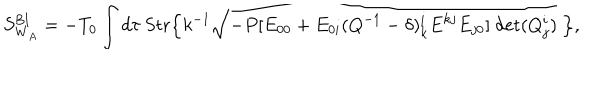
S _ { \mathrm { W } _ { A } } ^ { \mathrm { B I } } = - T _ { 0 } \int d \tau ~ \mathrm { S t r } \Bigl \{ k ^ { - 1 } \sqrt { - P [ E _ { 0 0 } + E _ { 0 i } ( Q ^ { - 1 } - \delta ) _ { k } ^ { i } E ^ { k j } E _ { j 0 } ] \ \mathrm { d e t } ( Q _ { j } ^ { i } ) } \ \Bigr \} ,